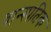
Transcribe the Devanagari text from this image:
वान्स्पतिक